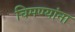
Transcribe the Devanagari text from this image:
चिमण्यांना